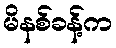
မိနစ်ခန့်က